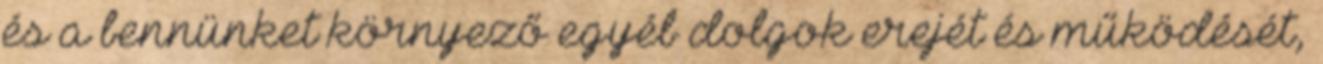
és a bennünket környező egyéb dolgok erejét és működését,